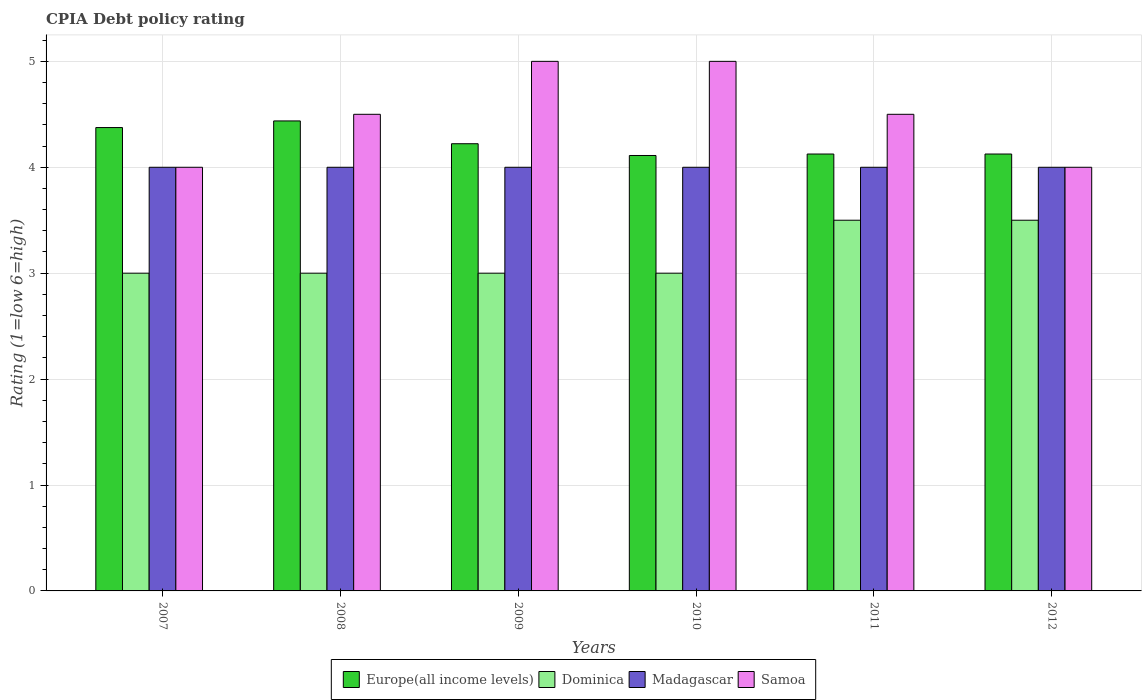
| Years | Europe(all income levels) | Dominica | Madagascar | Samoa |
 | --- | --- | --- | --- | --- |
 | 2007 | 4.38 | 3 | 4 | 4 |
 | 2008 | 4.44 | 3 | 4 | 4.5 |
 | 2009 | 4.22 | 3 | 4 | 5 |
 | 2010 | 4.11 | 3 | 4 | 5 |
 | 2011 | 4.12 | 3.5 | 4 | 4.5 |
 | 2012 | 4.12 | 3.5 | 4 | 4 |